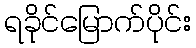
ရခိုင်မြောက်ပိုင်း